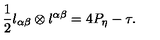
\frac { 1 } { 2 } l _ { \alpha \beta } \otimes l ^ { \alpha \beta } = 4 P _ { \eta } - \tau .